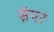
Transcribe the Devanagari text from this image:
स्नॅपर